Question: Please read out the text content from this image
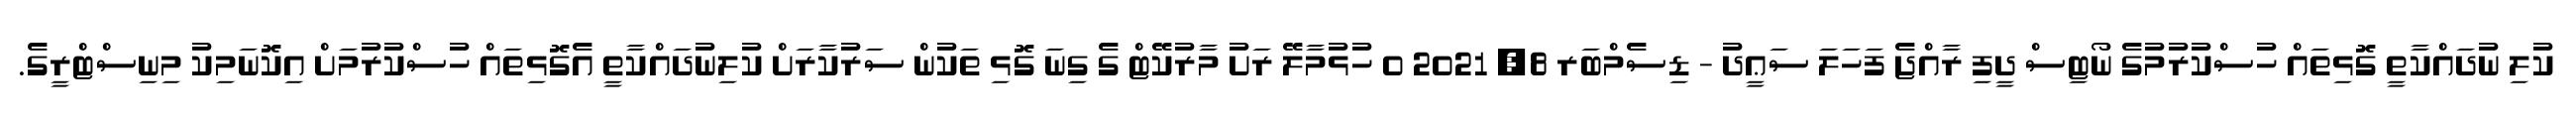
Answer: ކުލި ނުދައްކާތީ ގޮޅިތައް ހުސްކުރުމުގެ ނޯޓިސް ދީފި ރާއްޖެ ފަހަލަ ސަޢީދު - ޑިސެމްބަރ 8, 2021 0 ހުޅުމާލޭ ރަށު މާރުކޭޓް ގެ ގިނަ ގޮޅި ތަކުން ސަރުކާރަށް ކުލިނުދައްކާތީ އެގޮޅިތައް ހުސްކުރުމަށް އިކޮނަމިކު މިނިސްޓްރީގެ.